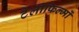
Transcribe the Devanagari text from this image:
टेलीफिल्मों